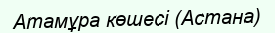
Атамұра көшесі (Астана)